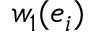
w _ { 1 } ( e _ { i } )